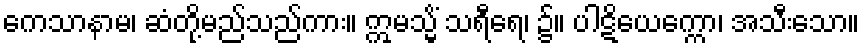
ကေသာနာမ၊ ဆံတို့မည်သည်ကား။ ဣမသ္မိံ သရီရေ၊ ၌။ ပါဋိယေက္ကော၊ အသီးသော။